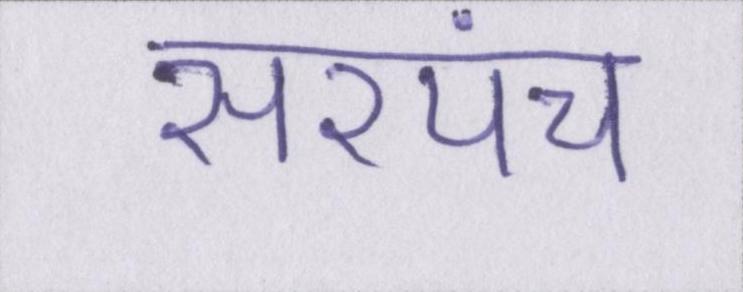
सरपंच